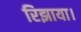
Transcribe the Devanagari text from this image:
रिझाया।